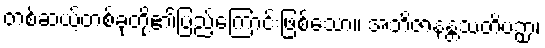
တစ်ဆယ့်တစ်ခုတို့၏ပြည့်ကြောင်းဖြစ်သော။ အဘိဇာနန္တသတိပဉှာ၊